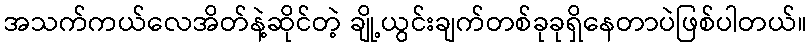
အသက်ကယ်လေအိတ်နဲ့ဆိုင်တဲ့ ချို့ယွင်းချက်တစ်ခုခုရှိနေတာပဲဖြစ်ပါတယ်။